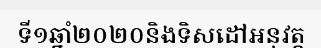
ទី១ឆ្នាំ២០២០និងទិសដៅអនុវត្ត